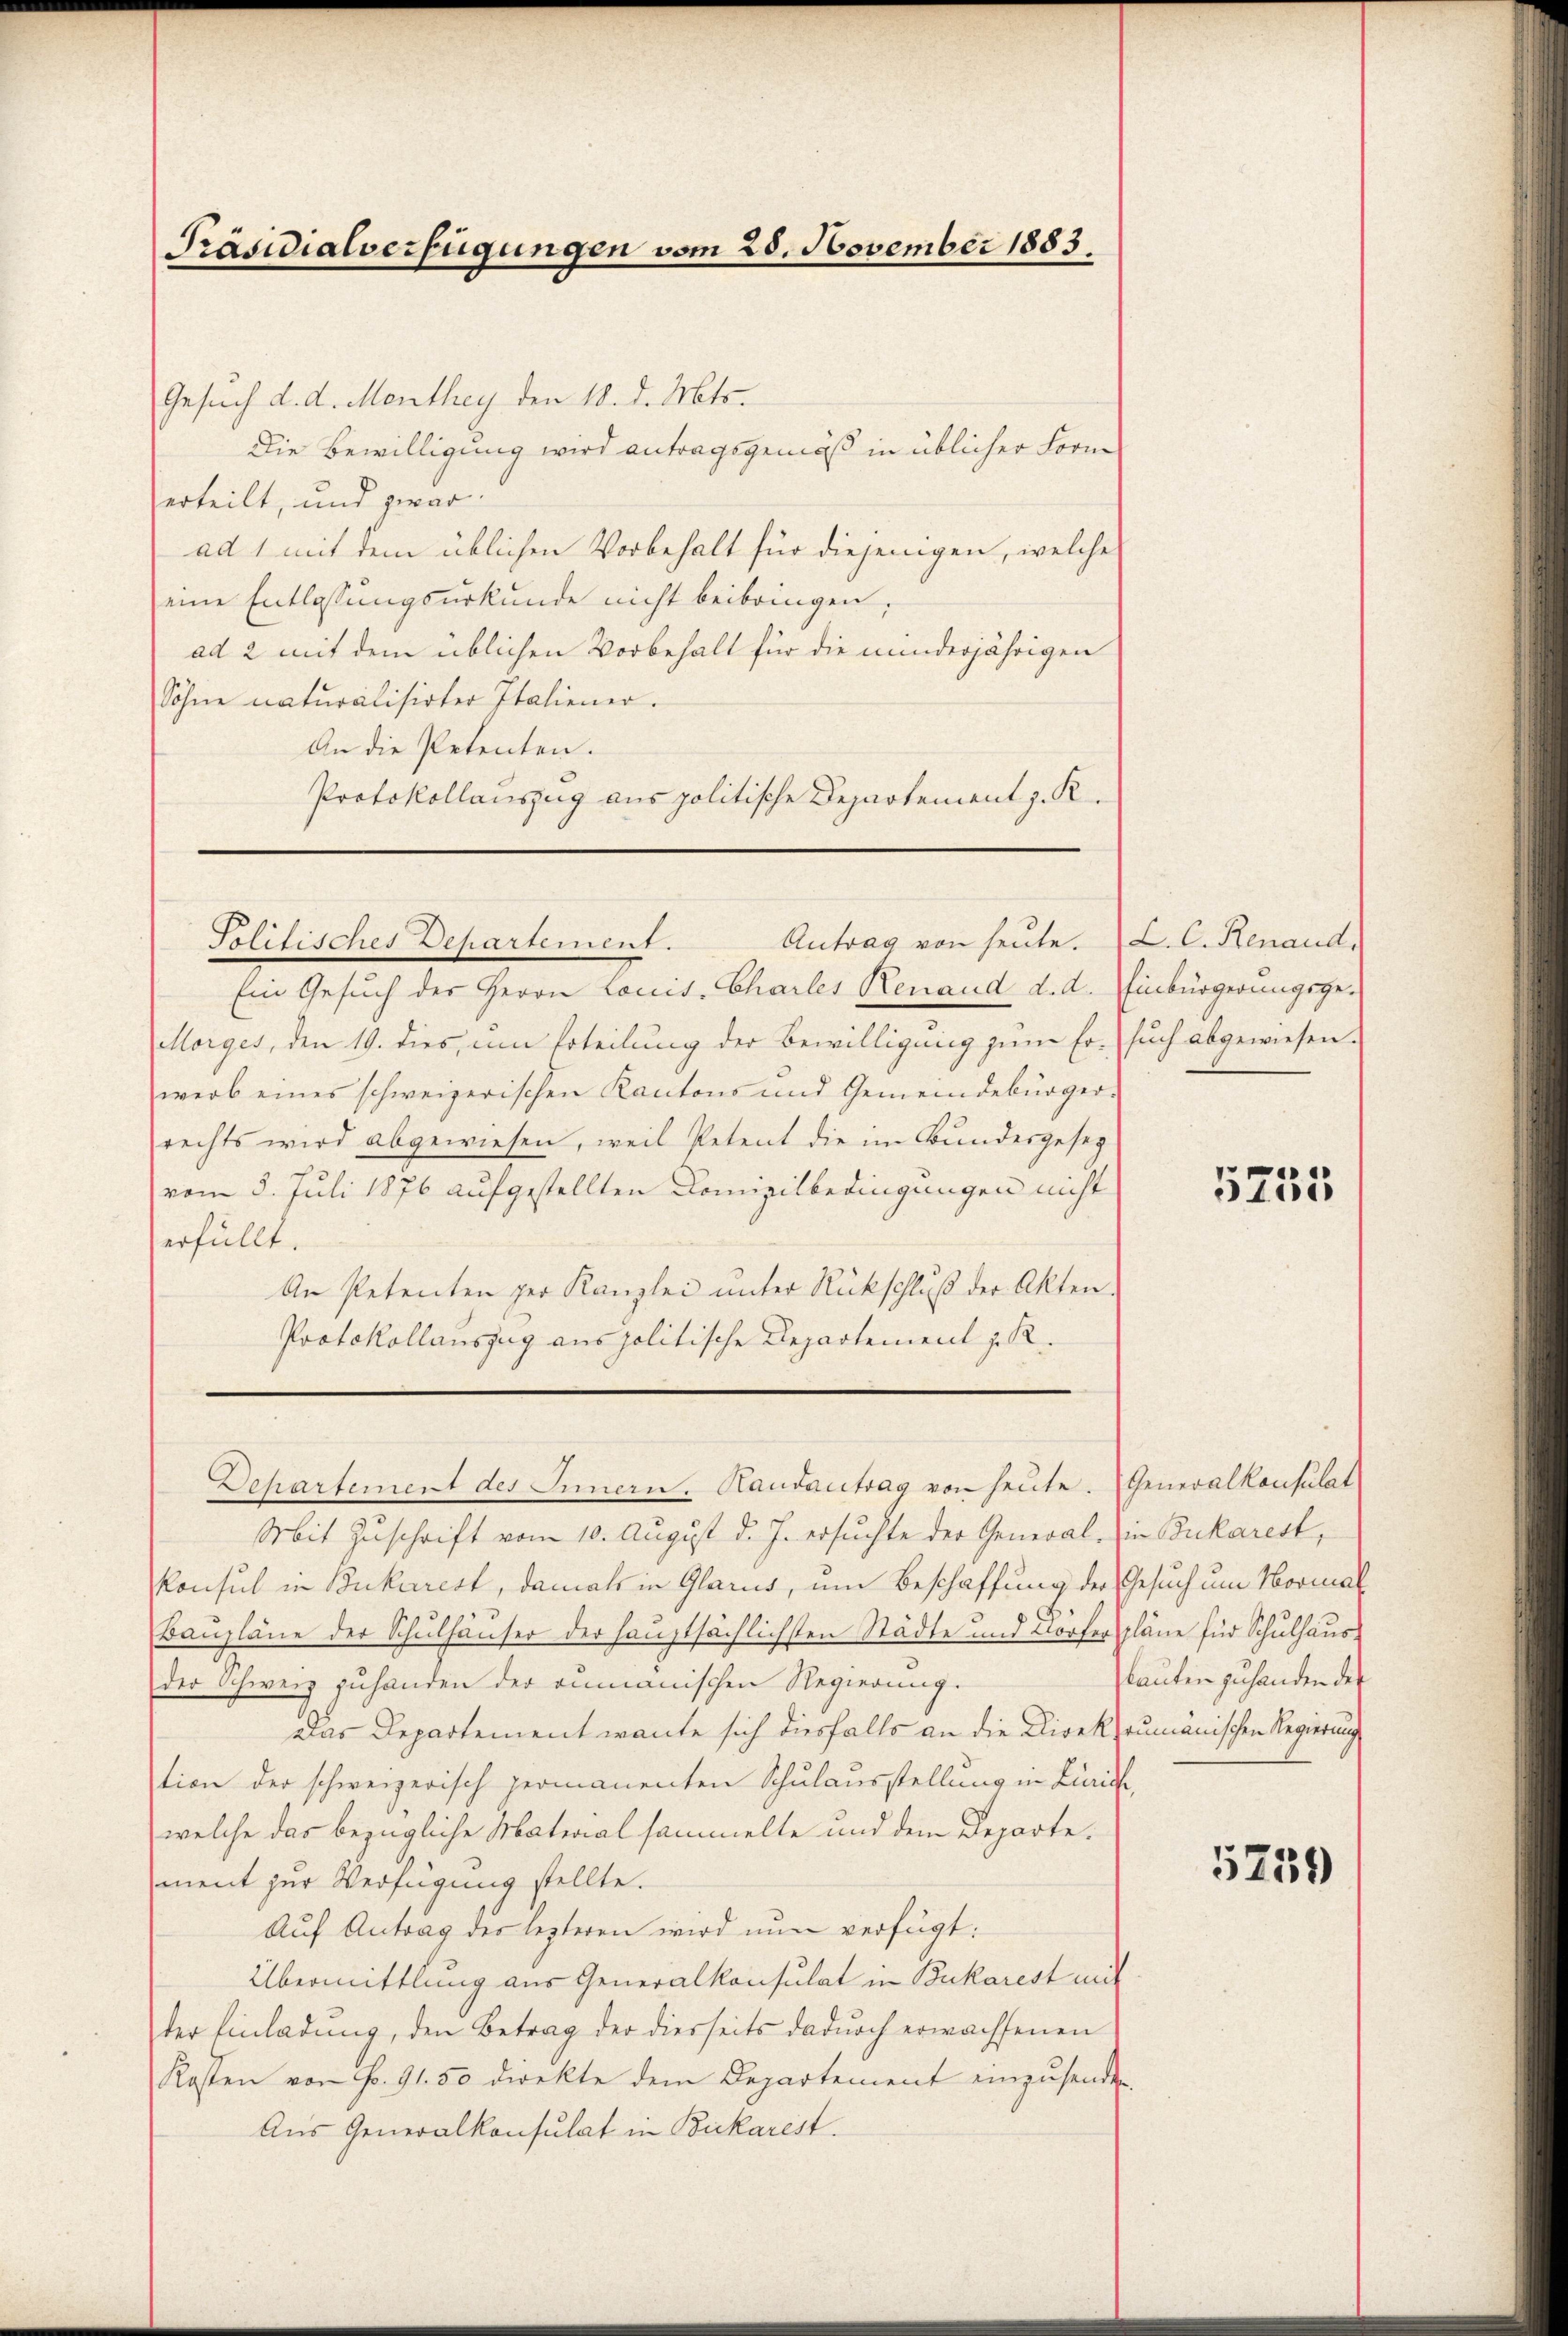
Präsidialverfügungen vom 25. November 1883.

Gesuch d. d. Menthey den 18. d. Mts.
Die Bewilligung wird antragsgemäß in üblicher Form
erteilt, und zwar
ad 1 mit dem üblichen Vorbehalt für diejenigen, welche
eine Entlassungsurkunde nicht beibringen;
ad 2 mit dem üblichen Vorbehalt für die minderjährigen
Sohne naturalisirter Italiener.
An die Petenten.
Protokollauszug aus politische Departement z. K.

Antrag von heute. L. C. Renaud,
Solitisches Departement.

Ein Gesuch der Herrn Louis, Charles Renaud d. d. Einbürgerungsge¬
Morges, den 19. dies, um Erteilung der Bewilligung zum Ersuch abgewiesen.
werb eines schweizerischen Kantons und Gemeindebürger-
rechts wird abgewiesen, weil Petent die im Bundesgeseg
vom 5. Juli 1876 aufgestellten Comizilbedingungen nicht
erfüllt.
An Petenten per Kanzlei unter Rückschluß der Akten.
Protokollauszug aus politische Departement z. R.

Departement des Innern. Kausantrag von heute. Generalkonsulat

Mit Zuschrift vom 10. August d. J. ersuchte der General- in Bukarest,
Konsul in Bukarest, damals in Glarus, um Beschaffung der Gesuch um Normal
Baupläne der Schulhäuser der hauptsächlichsten Städte und Dorfer pläne für Schulhaus
der Schweiz zuhanden der rumänischen Regierung.
Das Departement wante sich diesfalls an die Direktaumanischen Regierung
tion der schweizerisch permanenten Schulausstellung in Zürich,
welche das bezügliche Materialsammelte und dem Departe.
5759)
ment zur Verfügung stellte.
Auf Antrag des lezteren wird nun verfügt:
Übermittlung aus Generalkonsulat in Bukarest mit
der Einladung, den Betrag der diesseits dadurch erwachsenen
Kosten von Fr. 91. 50 direkte dem Departement einzusenden
Aus Generalkonsulat in Bukarest.

5755

lauten zu handen des